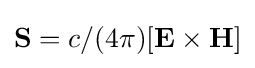
\mathbf {S} =c/(4\pi )[\mathbf {E} \times \mathbf {H} ]